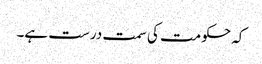
کہ حکومت کی سمت درست ہے۔